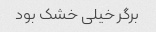
برگر خیلی خشک بود